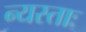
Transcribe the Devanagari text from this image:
न्यस्ताः